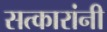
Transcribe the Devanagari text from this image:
सत्कारांनी